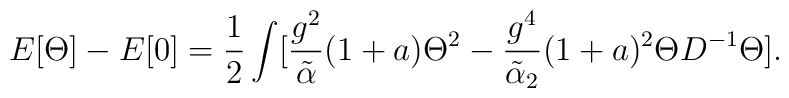
E[\Theta] - E[0] = {1\over 2}\int[{g^2\over {\tilde \alpha}}(1+a)\Theta^2 - {g^4\over {\tilde \alpha_2}}(1+a)^2\Theta D^{-1}\Theta].